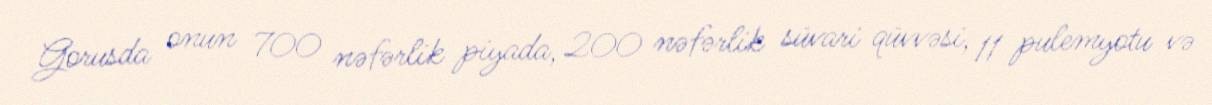
Gorusda onun 700 nəfərlik piyada, 200 nəfərlik süvari qüvvəsi, 11 pulemyotu və